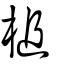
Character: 槌